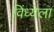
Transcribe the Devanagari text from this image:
विंध्येला